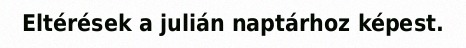
Eltérések a julián naptárhoz képest.